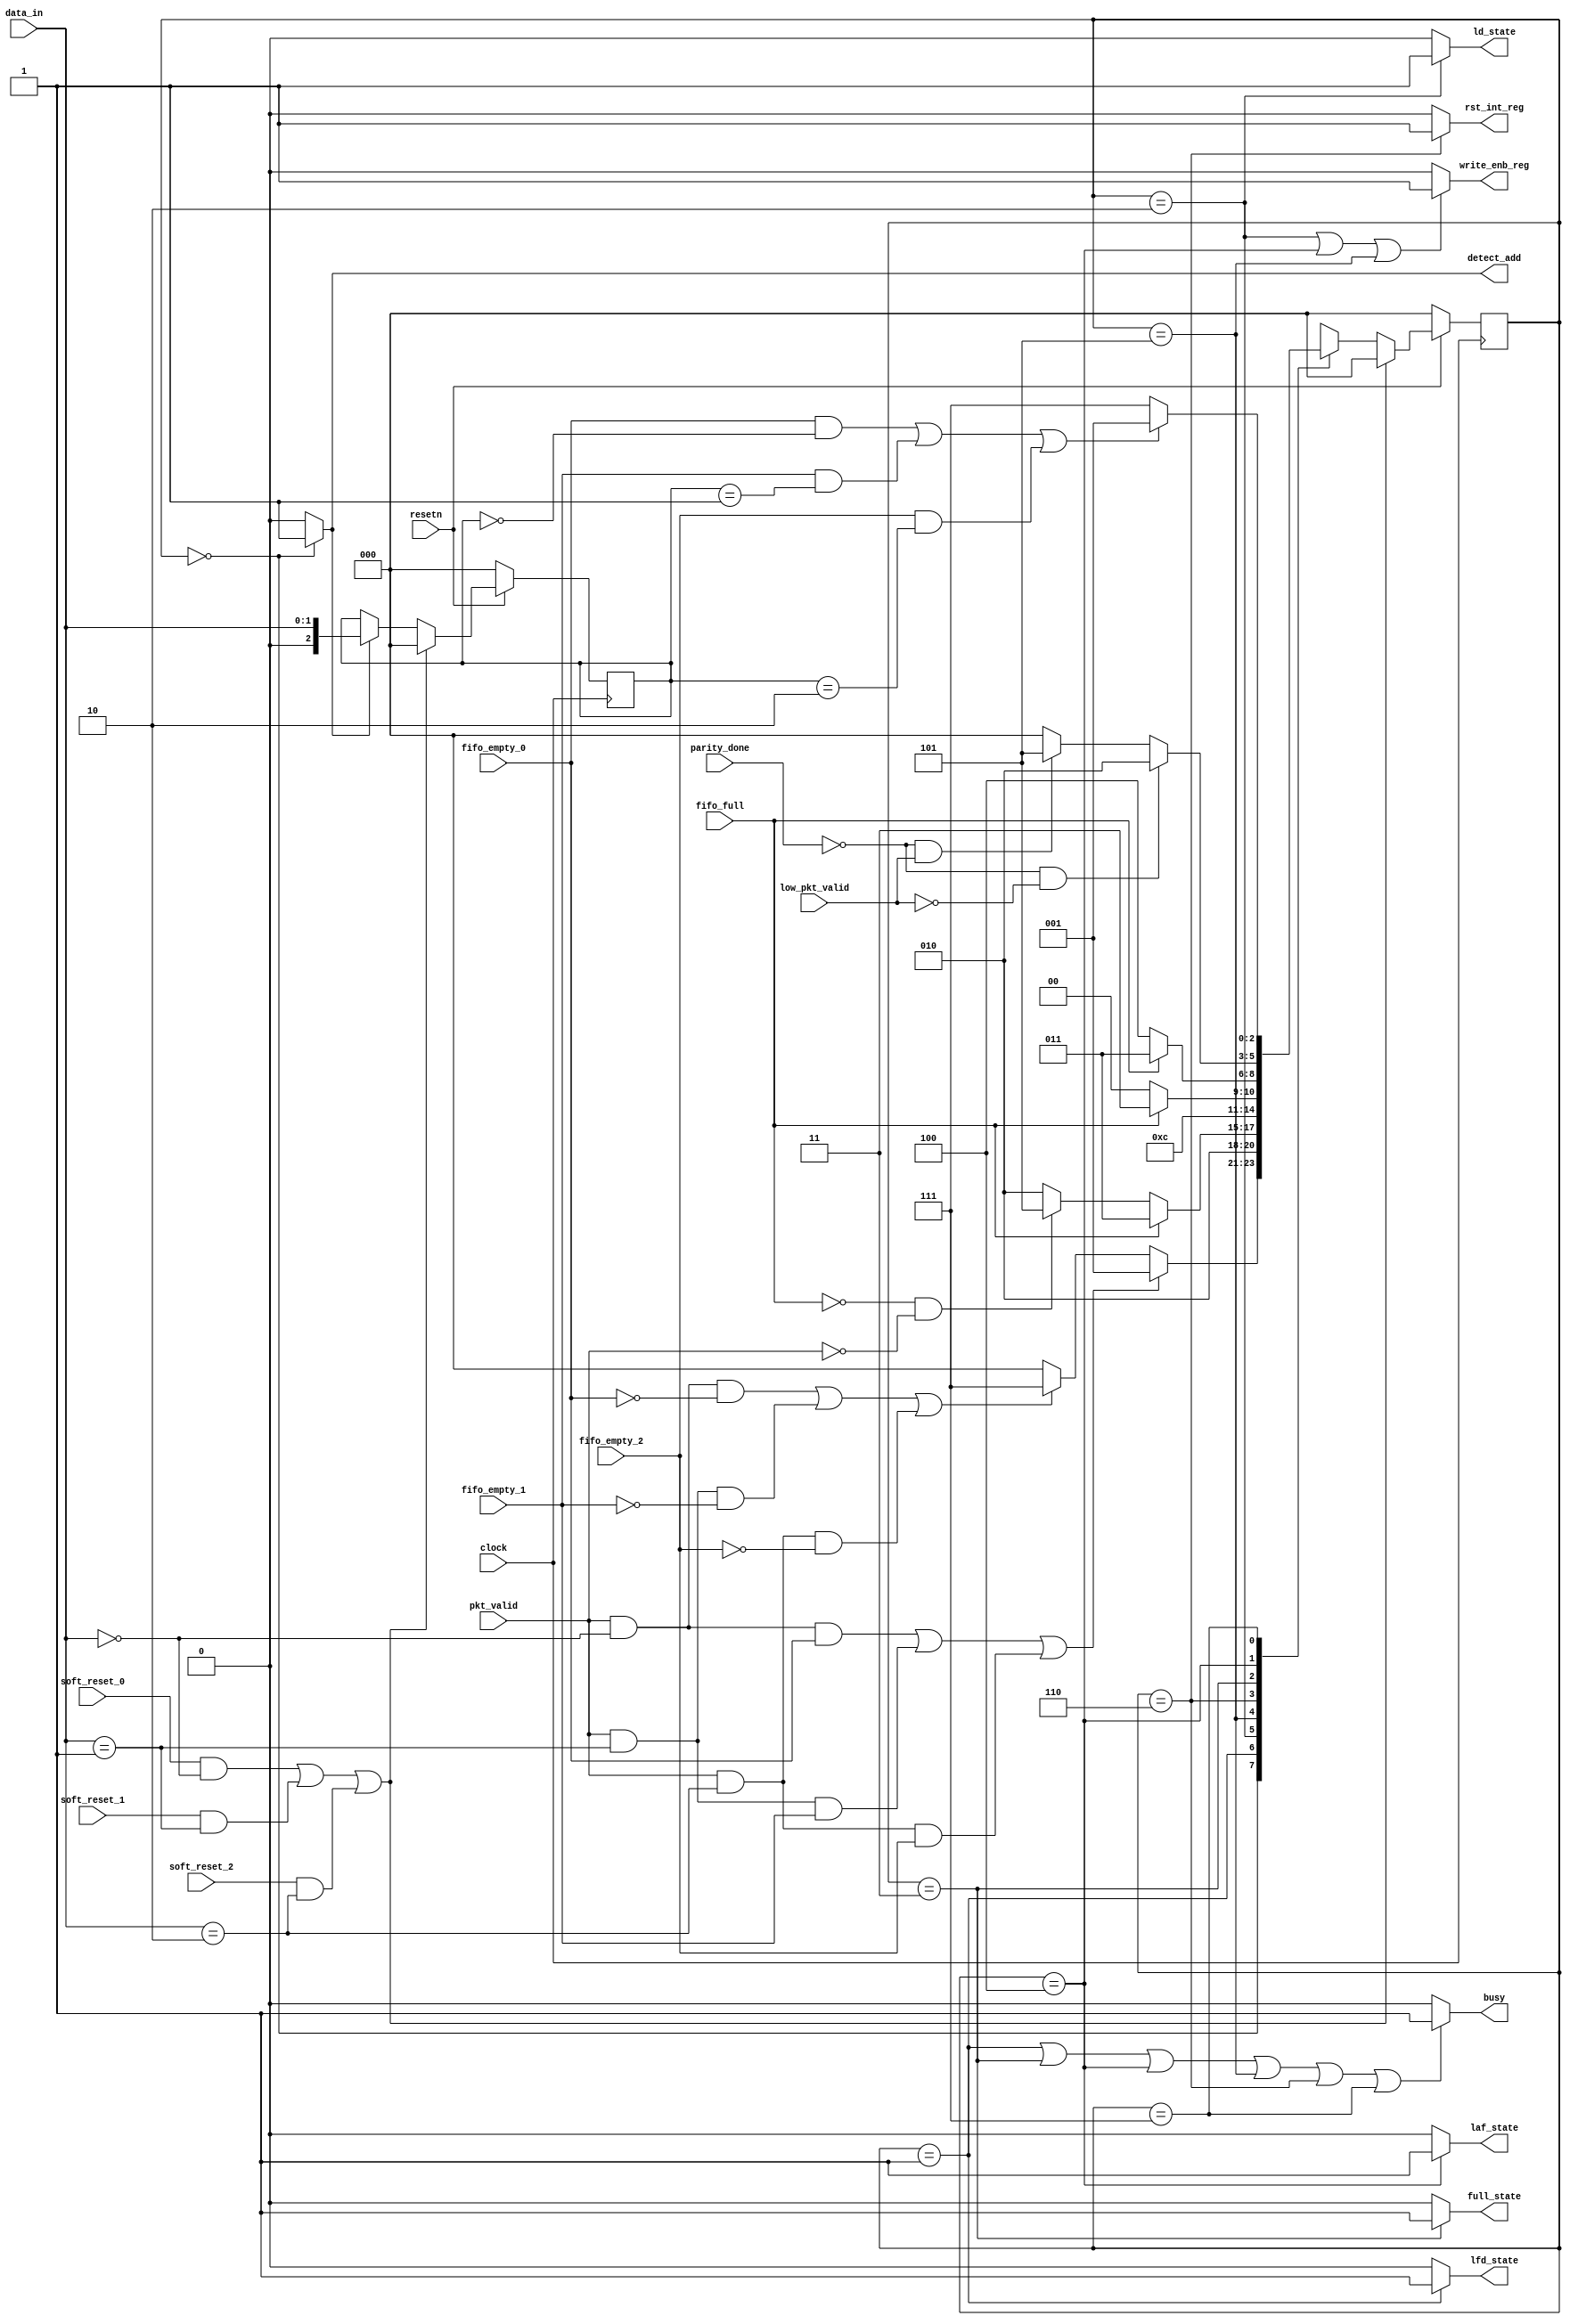
module router_fsm(input clock,resetn,pkt_valid,
input [1:0] data_in, input
fifo_full,fifo_empty_0,fifo_empty_1,fifo_empty_2,soft_reset_0,soft_reset_1,soft_reset_2,parity_done, low_pkt_valid,
output
write_enb_reg,detect_add,ld_state,laf_state,lfd_state,full_state,rst_int_reg,busy);

parameter DECODE_ADDRESS = 3'b000, LOAD_FIRST_DATA = 3'b001, LOAD_DATA = 3'b010, FIFO_FULL_STATE = 3'b011, LOAD_AFTER_FULL = 3'b100, LOAD_PARITY = 3'b101, CHECK_PARITY_ERROR = 3'b110, WAIT_TILL_EMPTY = 3'b111;
reg [2:0] present_state, next_state; 
reg [2:0] addr;
//present_state logic 
always@(posedge clock) 
begin
if(~resetn)
present_state<= DECODE_ADDRESS; 
else
if((soft_reset_0 && data_in==2'b00) || (soft_reset_1 && data_in==2'b01) || (soft_reset_2 && data_in==2'b10))
present_state <= DECODE_ADDRESS; 
else
present_state <= next_state; 
end


//internal variable addr logic 
always@(posedge clock)
begin 
if(~resetn) 
addr<=0;
else if((soft_reset_0 && data_in==2'b00) || (soft_reset_1 && data_in==2'b01) || (soft_reset_2 && data_in==2'b10))
addr <= 0;
else if(detect_add)
 addr <= data_in;
end

//next_state logic 
always@(*)
begin
next_state = present_state;
 begin
case(present_state)
 
DECODE_ADDRESS : if((pkt_valid && (data_in==0) && fifo_empty_0)||(pkt_valid && (data_in==1) && fifo_empty_1) ||(pkt_valid && (data_in==2) && fifo_empty_2))
next_state=LOAD_FIRST_DATA;
else if((pkt_valid && (data_in==0) && ~fifo_empty_0) ||(pkt_valid && (data_in==1) && ~fifo_empty_1) ||(pkt_valid && (data_in==2) && ~fifo_empty_2)) 
next_state=WAIT_TILL_EMPTY;
else next_state = DECODE_ADDRESS;
LOAD_FIRST_DATA : next_state = LOAD_DATA; 
LOAD_DATA : if(fifo_full)
next_state = FIFO_FULL_STATE; 
else if(!fifo_full && !pkt_valid) next_state = LOAD_PARITY;
else next_state = LOAD_DATA;
default : next_state = DECODE_ADDRESS; 
LOAD_PARITY : next_state = CHECK_PARITY_ERROR; 
CHECK_PARITY_ERROR : if(!fifo_full)
next_state = DECODE_ADDRESS; 
else
next_state = FIFO_FULL_STATE;
 FIFO_FULL_STATE : if(fifo_full) next_state = FIFO_FULL_STATE; 
else
next_state = LOAD_AFTER_FULL;
LOAD_AFTER_FULL : if(!parity_done && !low_pkt_valid) next_state = LOAD_DATA;
else if(!parity_done && low_pkt_valid)
next_state=LOAD_PARITY;
else next_state = DECODE_ADDRESS;
WAIT_TILL_EMPTY : if((fifo_empty_0 && (addr == 0)) || (fifo_empty_1 && (addr ==1)) || (fifo_empty_2 && (addr == 2)))
next_state = LOAD_FIRST_DATA;
else next_state = WAIT_TILL_EMPTY; 
endcase
end
 end
//output signals
assign detect_add = (present_state == DECODE_ADDRESS) ? 1'b1 : 1'b0; 
assign lfd_state =(present_state==LOAD_FIRST_DATA) ? 1'b1 : 1'b0; 
assign ld_state=(present_state==LOAD_DATA) ? 1'b1 : 1'b0;
assign full_state=(present_state==FIFO_FULL_STATE) ? 1'b1 : 1'b0; 
assign laf_state=(present_state==LOAD_AFTER_FULL) ? 1'b1 : 1'b0;
assign rst_int_reg=(present_state==CHECK_PARITY_ERROR) ? 1'b1 : 1'b0; 
assign write_enb_reg=((present_state==LOAD_DATA)||(present_state==LOAD_AFTER_FULL)||(present_state==LOAD_PARITY)) ? 1'b1 : 1'b0;
assign busy=((present_state==LOAD_FIRST_DATA)||(present_state==FIFO_FULL_STATE)||(present_state==LOAD_AFTER_FULL)||(present_state==LOAD_PARITY)||(present_state==CHECK_PARITY_ERROR)||(present_state==WAIT_TILL_EMPTY)) ? 1'b1 : 1'b0;

endmodule